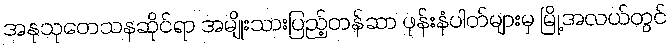
အနုသုတေသနဆိုင်ရာ အမျိုးသားပြည့်တန်ဆာ ဖုန်းနံပါတ်များမှ မြို့အလယ်တွင်